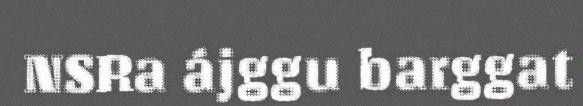
NSRa ájggu barggat